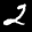
Label: 2